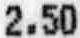
2.50